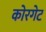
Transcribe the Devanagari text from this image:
कोरगेट